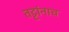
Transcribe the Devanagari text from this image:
तट्टांनाच